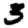
Digit: 3